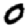
Digit: 0